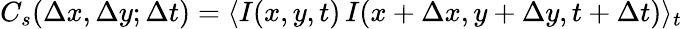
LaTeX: C_{s}(\Delta x,\Delta y;\Delta t)=\langle I(x,y,t)\, I(x+\Delta x,y+\Delta y,t+\Delta t)\rangle_{t}